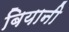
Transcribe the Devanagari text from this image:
बियानी